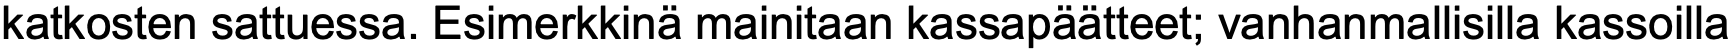
katkosten sattuessa. Esimerkkinä mainitaan kassapäätteet; vanhanmallisilla kassoilla